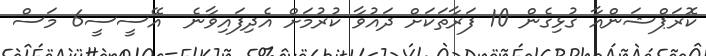
ކޮރަޕްޝަންއާ ގުޅިގެން 10 ފަރާތަކަށް ދައުވާ ކުރުމަށް އެދިފައިވާނެ  އޭސީސީ6 މަސް